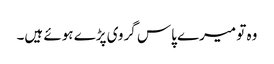
وہ تو میرے پاس گروی پڑے ہوئے ہیں۔